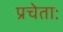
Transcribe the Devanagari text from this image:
प्रचेताः